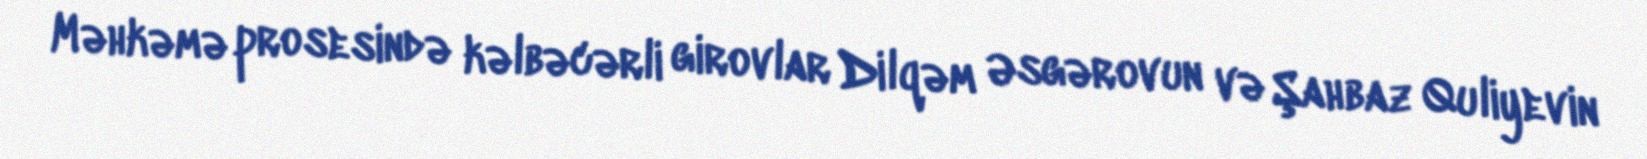
Məhkəmə prosesində kəlbəcərli girovlar Dilqəm Əsgərovun və Şahbaz Quliyevin